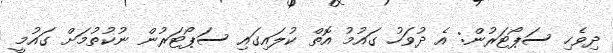
ދިވެހި ސަޕޯޓަރުން: އެ ދުވަހު ގައުމު އޮތް ކުލައިގައި ސަޕޯޓަރުން ނުކުތުމަށް ގައުމީ